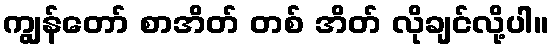
ကျွန်တော် စာအိတ် တစ် အိတ် လိုချင်လို့ပါ။